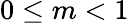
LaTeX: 0\leq m<1